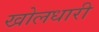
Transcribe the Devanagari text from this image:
खोलधारी